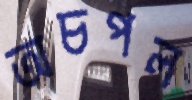
অচপল